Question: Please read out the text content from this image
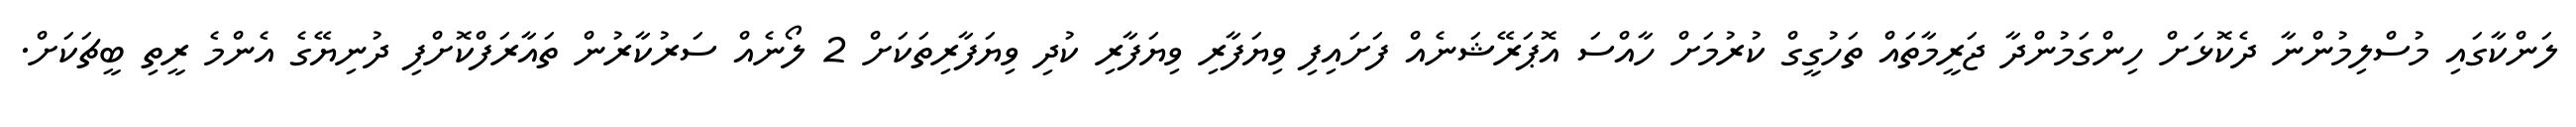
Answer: ލަންކާގައި މުސްލިމުންނާ ދެކޮޅަށް ހިންގަމުންދާ ޖަރީމާތައް ތަހުގީގް ކުރުމަށް ހާއްސަ އޮޕަރޭޝަނެއް ފަށައިފި ވިޔަފާރި ވިޔަފާރި ކުދި ވިޔަފާރިތަކަށް 2 ލޯނެއް ސަރުކާރުން ތައާރަފްކޮށްފި ދުނިޔޭގެ އެންމެ ރީތި ބީޗަކަށް.